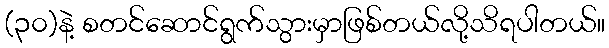
(၃၀)နဲ့ စတင်ဆောင်ရွက်သွားမှာဖြစ်တယ်လို့သိရပါတယ်။